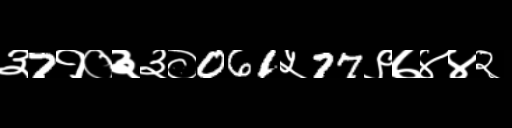
Text: ३7१०३३०061५77९७४४२